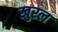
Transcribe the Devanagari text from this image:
खुरल